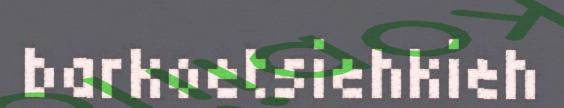
barkoetsiehkieh